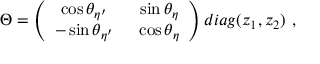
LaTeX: \Theta = \left( \begin{array} { c c } { { \cos \theta _ { \eta ^ { \prime } } } } & { { ~ \sin \theta _ { \eta } } } \\ { { - \sin \theta _ { \eta ^ { \prime } } } } & { { ~ \cos \theta _ { \eta } } } \end{array} \right) d i a g ( z _ { 1 } , z _ { 2 } ) ~ ,